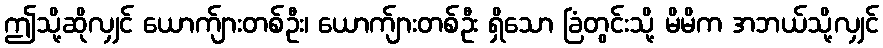
ဤသို့ဆိုလျှင် ယောက်ျားတစ်ဦး၊ ယောက်ျားတစ်ဦး ရှိသော ခြံတွင်းသို့ မိမိက အဘယ်သို့လျှင်